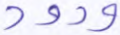
ودود